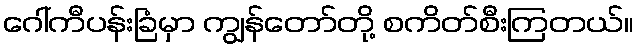
ဂေါ်ကီပန်းခြံမှာ ကျွန်တော်တို့ စကိတ်စီးကြတယ်။